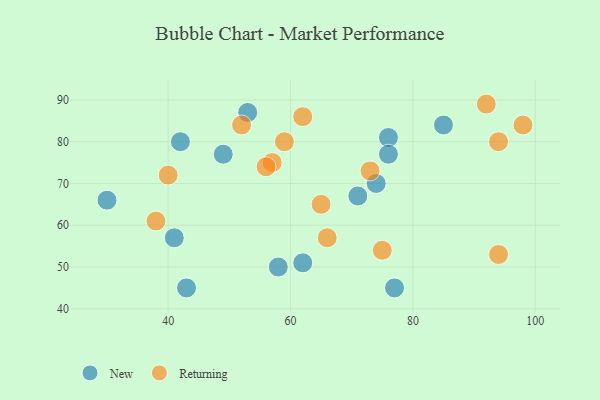
{"axis": {"x": "GDP", "y": "Life Expectancy"}, "legend": ["New", "Returning"], "data": [{"x": "76", "y": 81, "type": "New"}, {"x": "43", "y": 45, "type": "New"}, {"x": "77", "y": 45, "type": "New"}, {"x": "53", "y": 87, "type": "New"}, {"x": "58", "y": 50, "type": "New"}, {"x": "76", "y": 77, "type": "New"}, {"x": "71", "y": 67, "type": "New"}, {"x": "41", "y": 57, "type": "New"}, {"x": "62", "y": 51, "type": "New"}, {"x": "49", "y": 77, "type": "New"}, {"x": "30", "y": 66, "type": "New"}, {"x": "42", "y": 80, "type": "New"}, {"x": "85", "y": 84, "type": "New"}, {"x": "74", "y": 70, "type": "New"}, {"x": "75", "y": 54, "type": "Returning"}, {"x": "57", "y": 75, "type": "Returning"}, {"x": "94", "y": 80, "type": "Returning"}, {"x": "94", "y": 53, "type": "Returning"}, {"x": "65", "y": 65, "type": "Returning"}, {"x": "66", "y": 57, "type": "Returning"}, {"x": "92", "y": 89, "type": "Returning"}, {"x": "52", "y": 84, "type": "Returning"}, {"x": "62", "y": 86, "type": "Returning"}, {"x": "38", "y": 61, "type": "Returning"}, {"x": "59", "y": 80, "type": "Returning"}, {"x": "40", "y": 72, "type": "Returning"}, {"x": "73", "y": 73, "type": "Returning"}, {"x": "98", "y": 84, "type": "Returning"}, {"x": "56", "y": 74, "type": "Returning"}]}